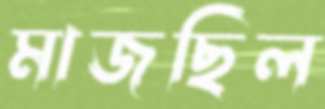
মাজছিল